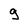
Character: 9